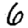
Digit: 6